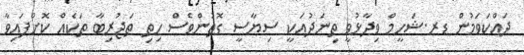
ދައްކަވަމުން ޑރ.ޝަހީމް ވިދާޅުވީ ތިނަދުއަކީ ސިޔާސީ ގޮތުންވެސް ހިތި ތަޖުރިބާ ތަކެއް ކޮށްފައިވާ